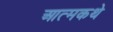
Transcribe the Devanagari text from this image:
आत्मकथे